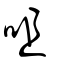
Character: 咀